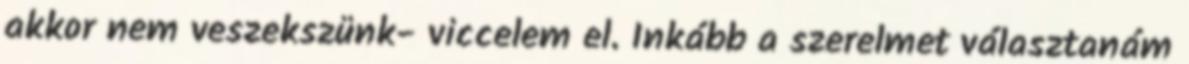
akkor nem veszekszünk- viccelem el. Inkább a szerelmet választanám